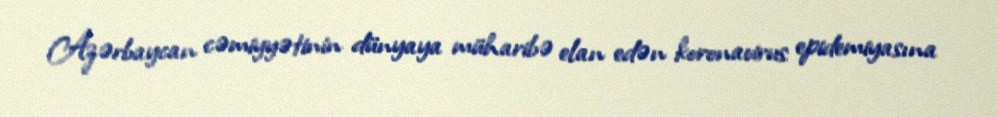
Azərbaycan cəmiyyətinin dünyaya müharibə elan edən koronavirus epidemiyasına